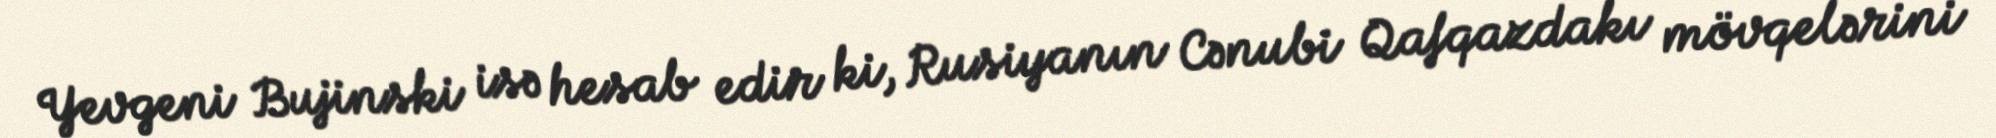
Yevgeni Bujinski isə hesab edir ki, Rusiyanın Cənubi Qafqazdakı mövqelərini